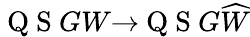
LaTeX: \mathrm{~Q~S~}GW{\rightarrow}\mathrm{~Q~S~}G\widehat{W}